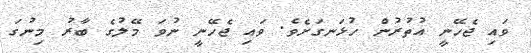
ވައި ޖެހޭނީ އުތުރުން ހުޅަނގަށެވެ. ވައި ޖެހޭނީ ނުވަ މޭލުގެ ބާރު މިނުގަ